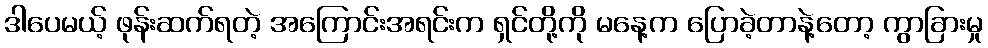
ဒါပေမယ့် ဖုန်းဆက်ရတဲ့ အကြောင်းအရင်းက ရှင်တို့ကို မနေ့က ပြောခဲ့တာနဲ့တော့ ကွာခြားမှု